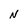
Character: N